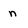
Character: n